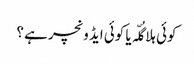
کوئی ہلا گُلّہ یا کوئی ایڈ ونچر ہے ؟